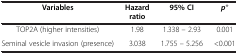
<table><thead><tr><td><b>Variables</b></td><td><b>Hazard ratio</b></td><td><b>95%CI</b></td><td><b><i>p</i>*</b></td></tr></thead><tbody><tr><td>TOP2A (higher intensities)</td><td>1.98</td><td>1.338 – 2.93</td><td>0.001</td></tr><tr><td>Seminal vesicle invasion (presence)</td><td>3.038</td><td>1.755 – 5.256</td><td>&lt;0.001</td></tr></tbody></table>